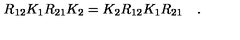
R _ { 1 2 } K _ { 1 } R _ { 2 1 } K _ { 2 } = K _ { 2 } R _ { 1 2 } K _ { 1 } R _ { 2 1 } \quad .